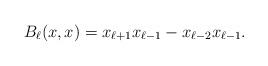
LaTeX: \begin{align*}B_\ell(x,x) = x_{\ell+1}x_{\ell -1} - x_{\ell-2}x_{\ell-1}. \end{align*}